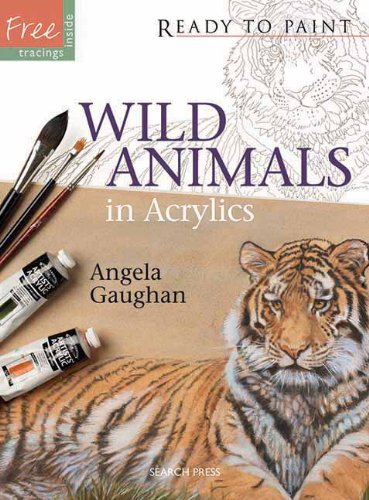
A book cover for Wild Animals in Acrylics (Ready to Paint); Angela Gaughan; Arts & Photography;